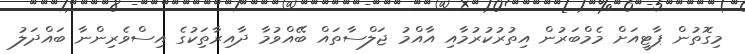
މިގޮތުން ޕާޓީއަށް މެމްބަރުން އިތުރުކުރުމާއި އާއްމު ޖަލްސާތައް ބޭއްވުމާ ދާއިރާތިަކުގެ އިސްވެރިންނާ ބައްދަލު